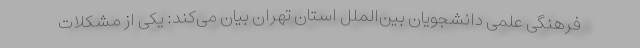
فرهنگی علمی دانشجویان بین‌الملل استان تهران بیان می‌کند: یکی از مشکلات